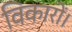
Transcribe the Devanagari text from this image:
विकारों।